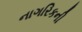
નાગરિકની